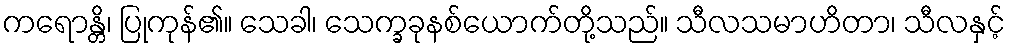
ကရောန္တိ၊ ပြုကုန်၏။ သေခါ၊ သေက္ခခုနစ်ယောက်တို့သည်။ သီလသမာဟိတာ၊ သီလနှင့်